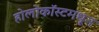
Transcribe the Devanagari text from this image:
होलोकॉस्टमधून